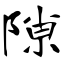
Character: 隙